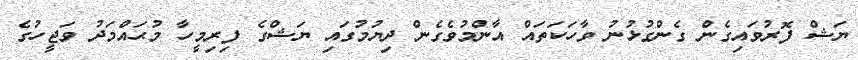
ޔަޝް ފޮރުވައިގެން ގެންގުޅުނު ވާހަކަތައް އާންމުވެގެން ދިޔުމުގައި ޔަޝްގެ ފިރިމީހާ މުޙައްމަދު ވަޖީހުގެ